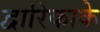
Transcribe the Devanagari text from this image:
द्वारिकाके